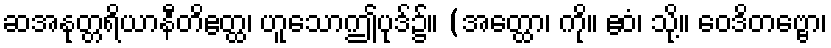
ဆအနုတ္တရိယာနီတိဧတ္ထ၊ ဟူသောဤပုဒ်၌။ (အတ္ထော၊ ကို။ ဧဝံ၊ သို့။ ဝေဒိတဗ္ဗော၊